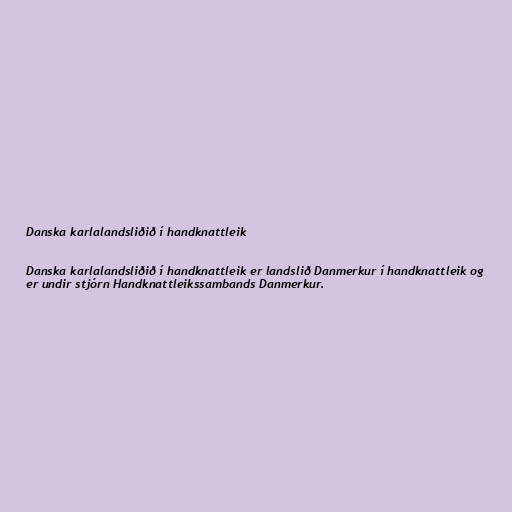
Danska karlalandsliðið í handknattleik

Danska karlalandsliðið í handknattleik er landslið Danmerkur í handknattleik og
er undir stjórn Handknattleikssambands Danmerkur.